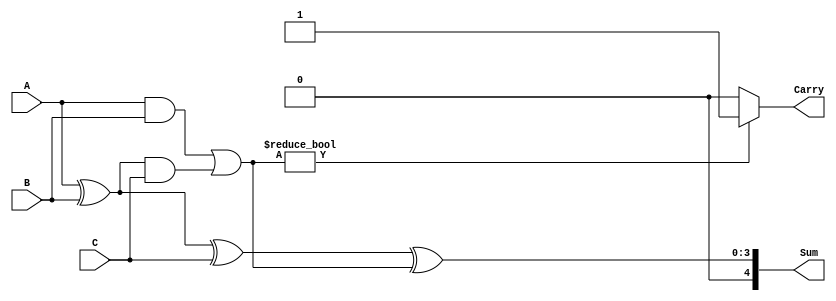
module ModifiedCarrySaveAdder (
    input [3:0] A, // First operand
    input [3:0] B, // Second operand
    input [3:0] C, // Third operand
    output [4:0] Sum, // Final sum output (5 bits for overflow)
    output Carry // Final carry output
);

    // Intermediate signals for partial sums and carries
    wire [3:0] P1, P2, P3; // Partial sums
    wire [3:0] C1, C2, C3; // Partial carries

    // Generate partial sums and carries for A and B
    assign P1 = A ^ B; // Sum using XOR
    assign C1 = A & B; // Carry using AND

    // Generate partial sums and carries for P1 and C
    assign P2 = P1 ^ C; // Sum using XOR
    assign C2 = P1 & C; // Carry using AND

    // Final carry generation
    assign P3 = P2; // The current sum
    assign C3 = C1 | C2; // Combine carries

    // Final sum and carry output
    assign Sum = P3 ^ C3; // Final sum
    assign Carry = (C3 != 0) ? 1'b1 : 1'b0; // Final carry output

endmodule